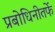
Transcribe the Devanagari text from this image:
प्रबोधिनीतर्फे